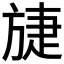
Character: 𣄂